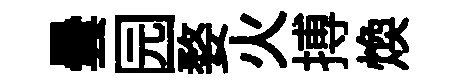
曇园婺火搏煥